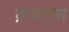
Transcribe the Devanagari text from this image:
क्रफ्ट्स